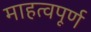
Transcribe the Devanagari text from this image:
माहत्वपूर्ण